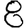
Digit: 8